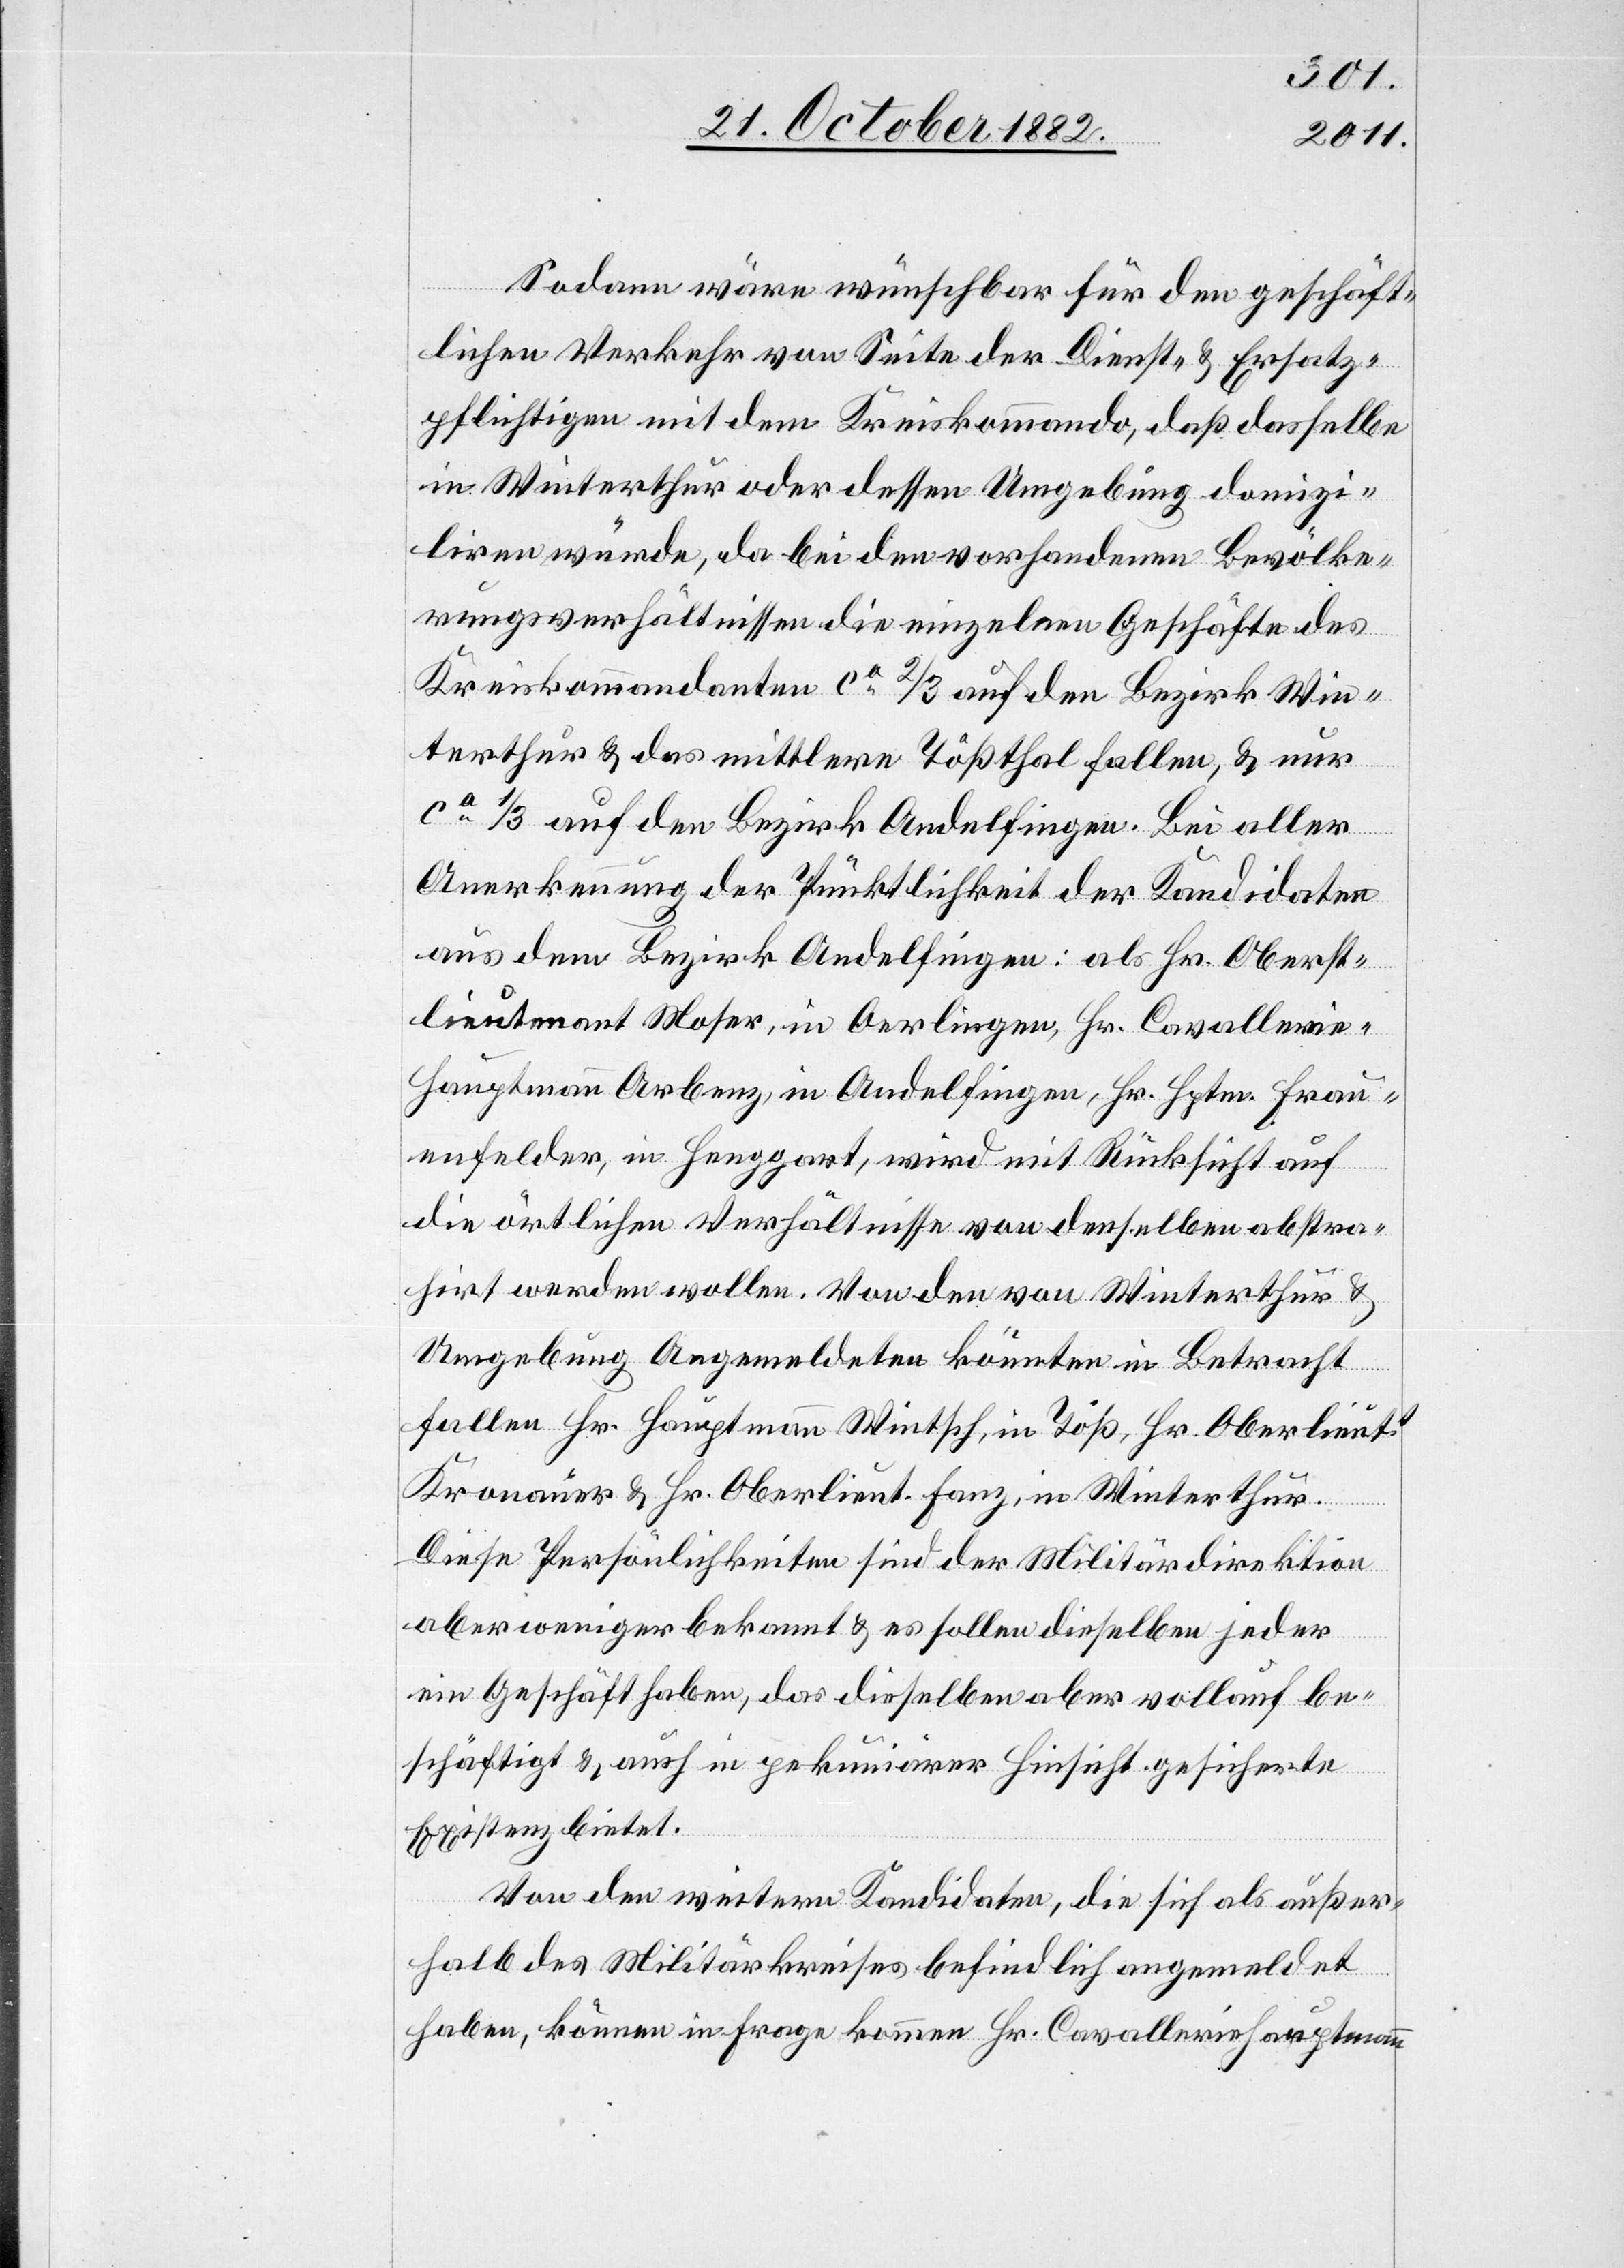
Sodann wäre wünschbar, für den geschäft¬
lichen Verkehr von Seite der Dienst- & Ersatz¬
pflichtigen mit dem Kreiskommando, daß dasselbe
in Winterthur oder dessen Umgebung domizi¬
liren würde, da bei den vorhandenen Bevölke¬
rungsverhältnissen die einzelnen Geschäfte des
Kreiskommandanten ca 2/3 auf den Bezirk Win¬
terthur & das mittlere Tößthal fallen, & nur
ca 1/3 auf den Bezirk Andelfingen. Bei aller
Anerkennung der Pünktlichkeit der Kandidaten
aus dem Bezirk Andelfingen: als Hr. Oberst¬
lieutenant Moser, in Oerlingen, Hr. Cavallerie-H¬
auptmann Arbenz, in Andelfingen, Hr. Hptm. Frau¬
enfelder, in Henggart, wird mit Rücksicht auf
die örtlichen Verhältnisse von denselben abstra¬
hirt werden wollen. Von den von Winterthur &
Umgebung Angemeldeten könnten in Betracht
fallen Hr. Hauptmann Wintsch, in Töß, Hr. Oberlieut.
Kronauer & Hr. Oberlieut. Fanz, in Winterthur.
Diese Persönlichkeiten sind der Militärdirektion
aber weniger bekannt & es sollen dieselben jeder
ein Geschäft haben, das dieselben aber vollauf be¬
schäftigt & auch in pekuniärer Hinsicht gesicherte
Existenz bietet.
Von den weitern Kandidaten, die sich als außer¬
halb des Militärkreises befindlich angemeldet
haben, können in Frage kommen Hr. Cavallerie Hauptmann